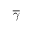
\boldsymbol { { \overline { { \gamma } } } }